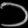
Digit: ၁